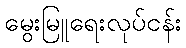
မွေးမြူရေးလုပ်ငန်း